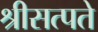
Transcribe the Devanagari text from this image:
श्रीसत्पते